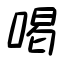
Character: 喝